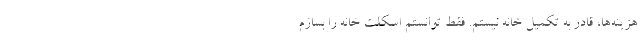
هزینه‌ها، قادر به تکمیل خانه نیستم. فقط توانستم اسکلت خانه را بسازم